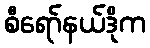
စီရော်နယ်ဒိုက